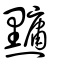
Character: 𪒒